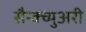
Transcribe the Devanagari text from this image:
सैन्क्च्युअरी